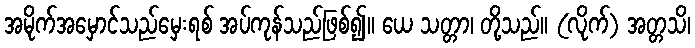
အမိုက်အမှောင်သည်မှေးရစ် အပ်ကုန်သည်ဖြစ်၍။ ယေ သတ္တာ၊ တို့သည်။ (လိုက်) အတ္တသိ၊